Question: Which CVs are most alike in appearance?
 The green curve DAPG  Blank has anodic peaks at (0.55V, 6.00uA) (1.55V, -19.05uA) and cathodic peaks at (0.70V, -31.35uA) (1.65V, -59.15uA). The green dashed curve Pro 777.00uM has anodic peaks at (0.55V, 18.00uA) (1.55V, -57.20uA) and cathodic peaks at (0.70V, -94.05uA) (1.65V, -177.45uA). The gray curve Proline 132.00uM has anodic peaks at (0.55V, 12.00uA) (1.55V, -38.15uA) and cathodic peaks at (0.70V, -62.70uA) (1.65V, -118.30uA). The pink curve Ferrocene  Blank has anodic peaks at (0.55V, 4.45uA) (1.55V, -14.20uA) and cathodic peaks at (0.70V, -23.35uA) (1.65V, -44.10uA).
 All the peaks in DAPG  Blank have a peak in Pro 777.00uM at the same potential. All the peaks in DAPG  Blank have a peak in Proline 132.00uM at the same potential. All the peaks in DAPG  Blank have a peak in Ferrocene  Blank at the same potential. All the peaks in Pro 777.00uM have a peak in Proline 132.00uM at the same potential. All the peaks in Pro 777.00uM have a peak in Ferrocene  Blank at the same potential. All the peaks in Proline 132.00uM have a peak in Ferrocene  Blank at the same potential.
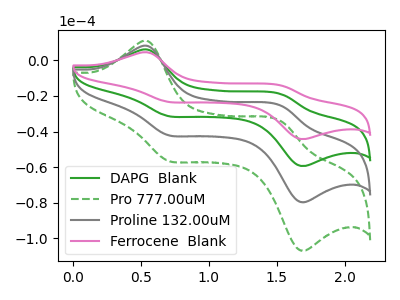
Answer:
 <answer>"Ferrocene  Blank", "DAPG  Blank", "Pro 777.00uM" and "Proline 132.00uM" have the same shape and are likely CV's of the same chemical.</answer>
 <eval>"Ferrocene  Blank" "DAPG  Blank" "Pro 777.00uM" "Proline 132.00uM"</eval>